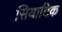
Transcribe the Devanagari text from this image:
सियाटिक